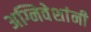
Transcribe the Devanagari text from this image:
अग्निवेशांनी